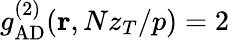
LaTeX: g_{\mathrm{AD}}^{(2)}({\mathbf r},Nz_{T}/p)=2